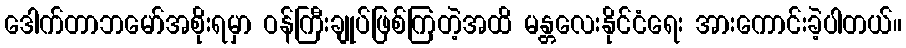
ဒေါက်တာဘမော်အစိုးရမှာ ဝန်ကြီးချုပ်ဖြစ်ကြတဲ့အထိ မန္တလေးနိုင်ငံရေး အားကောင်းခဲ့ပါတယ်။